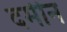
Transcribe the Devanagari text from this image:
दमीन